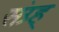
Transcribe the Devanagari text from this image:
संग्र्ह्